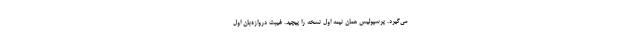
می‌گیرد. پرسپولیس همان نیمه اول نسخه را پیچید. غیبت دروازه‌بان اول